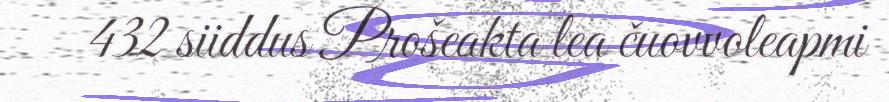
432 siiddus Prošeakta lea čuovvoleapmi